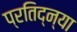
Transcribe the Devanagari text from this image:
प्रतिद्न्या